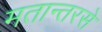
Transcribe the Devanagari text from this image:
मतान्तरसे